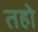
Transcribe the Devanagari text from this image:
तहो